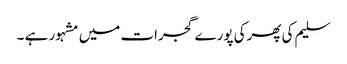
سلیم کی پھرکی پورے گجرات میں مشہور ہے ۔